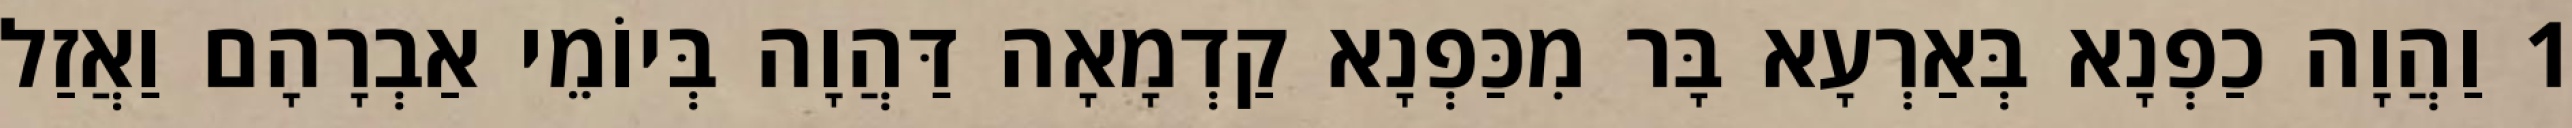
1 וַהֲוָה כַפְנָא בְּאַרְעָא בָּר מִכַּפְנָא קַדְמָאָה דַּהֲוָה בְּיוֹמֵי אַבְרָהָם וַאֲזַל